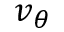
v _ { \theta }